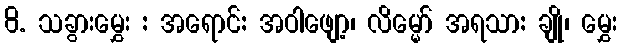
8. သခွားမွှေး : အရောင်: အဝါဖျော့၊ လိမ္မော် အရသာ: ချို၊ မွှေး